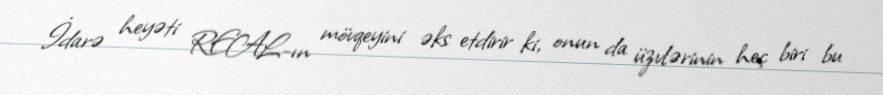
İdarə heyəti REAL-ın mövqeyini əks etdirir ki, onun da üzvlərinin heç biri bu